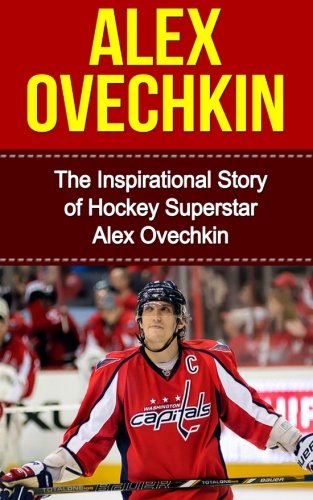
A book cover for Alex Ovechkin: The Inspirational Story of Hockey Superstar Alex Ovechkin (Alex Ovechkin Unauthorized Biography, Washington, D.C. Capitals, Russia, NHL Books); Bill Redban; Biographies & Memoirs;